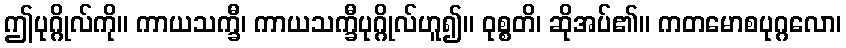
ဤပုဂ္ဂိုလ်ကို။ ကာယသက္ခီ၊ ကာယသက္ခီပုဂ္ဂိုလ်ဟူ၍။ ဝုစ္စတိ၊ ဆိုအပ်၏။ ကတမောစပုဂ္ဂလော၊